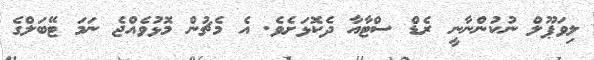
ލިވަޕޫލް ނުކުންނާނީ ރެޑް ސްޓާއާ ދެކޮޅަށެވެ. އެ މެޗުން މޮޅުވެއްޖެ ނަމަ ޓޭބަލްގެ